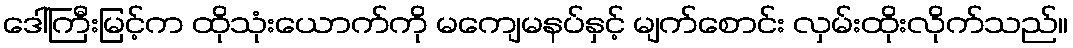
ဒေါ်ကြီးမြင့်က ထိုသုံးယောက်ကို မကျေမနပ်နှင့် မျက်စောင်း လှမ်းထိုးလိုက်သည်။